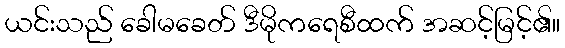
ယင်းသည် ခေါမခေတ် ဒီမိုကရေစီထက် အဆင့်မြင့်၏။